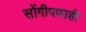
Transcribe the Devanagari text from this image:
सोंगीपणाही